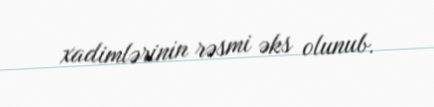
xadimlərinin rəsmi əks olunub.